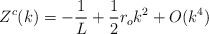
\begin{align*}Z^c(k) = -\frac{1}{L} + \frac{1}{2}r_o k^2 + O(k^4) \end{align*}